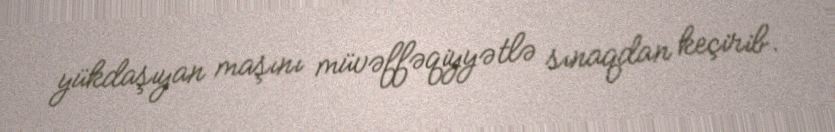
yükdaşıyan maşını müvəffəqiyyətlə sınaqdan keçirib.